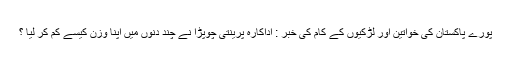
پورے پاکستان کی خواتین اور لڑکیوں کے کام کی خبر : اداکارہ پرینتی چوپڑا نے چند دنوں میں اپنا وزن کیسے کم کر لیا ؟